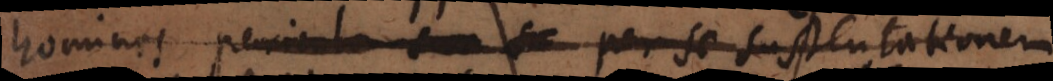
homines periculo suo per se sustentationem